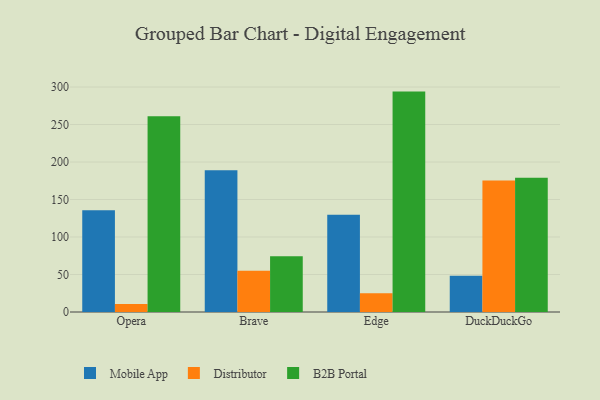
{"axis": {"x": "Browser", "y": "Temperature (°C)"}, "legend": ["B2B Portal", "Distributor", "Mobile App"], "data": [{"x": "Opera", "y": 135.6, "type": "Mobile App"}, {"x": "Opera", "y": 10.7, "type": "Distributor"}, {"x": "Opera", "y": 261.1, "type": "B2B Portal"}, {"x": "Brave", "y": 188.9, "type": "Mobile App"}, {"x": "Brave", "y": 54.9, "type": "Distributor"}, {"x": "Brave", "y": 74.3, "type": "B2B Portal"}, {"x": "Edge", "y": 129.8, "type": "Mobile App"}, {"x": "Edge", "y": 25.0, "type": "Distributor"}, {"x": "Edge", "y": 293.9, "type": "B2B Portal"}, {"x": "DuckDuckGo", "y": 48.2, "type": "Mobile App"}, {"x": "DuckDuckGo", "y": 175.3, "type": "Distributor"}, {"x": "DuckDuckGo", "y": 179.0, "type": "B2B Portal"}]}